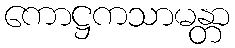
ကောဋ္ဌကသာမန္တာ